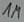
Text: 1M